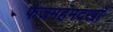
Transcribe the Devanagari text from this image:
फैजमहंमदखाँ